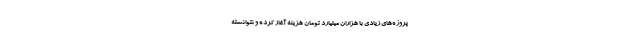
پروژه‌های زیادی با هزاران میلیارد تومان هزینه آغاز کرده و نتوانسته